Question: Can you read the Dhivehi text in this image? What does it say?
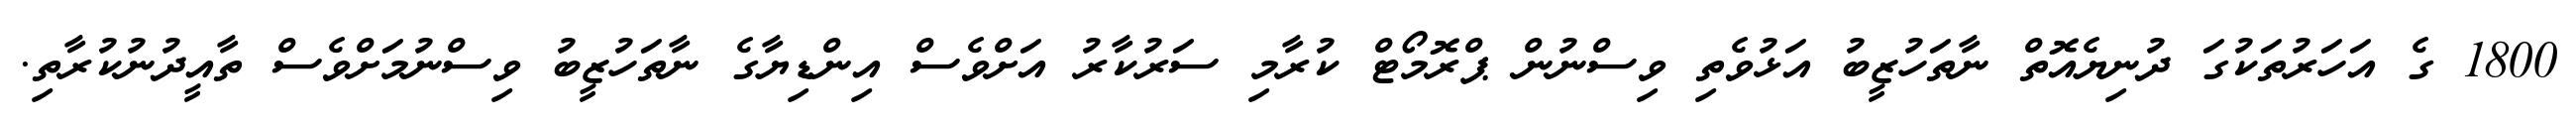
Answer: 1800 ގެ އަހަރުތަކުގަ ދުނިޔެއޮތް ނާތަހުޒީބު އަޅުވެތި ވިސްނުން ޕްރޮމޯޓް ކުރާމި ސަރުކާރު އަށްވެސް އިންޑިޔާގެ ނާތަހުޒީބު ވިސްނުމަށްވެސް ތާއީދުނުކުރާތި.